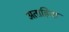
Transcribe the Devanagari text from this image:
अताहिया